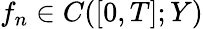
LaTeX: f_{n}\in C([0,T];Y)